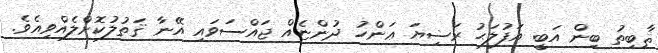
ޘާބިތު ބިން އަބީ އަފުލަޙު ރަޟިޔަ ޢަންހު ދުންޏެއް ޖައްސަވައި އޭނާ ޤަތުލުކޮށްލެއްވިއެވެ.